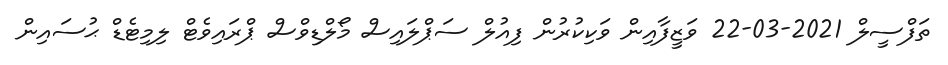
ތަފްސީލް 2021-03-22 ވަޒީފާއިން ވަކިކުރުން ފިއުލް ސަޕްލައިސް މޯލްޑިވްސް ޕްރައިވެޓް ލިމިޓެޑް ޙުސައިން